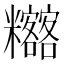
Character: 𥽴